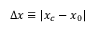
\Delta x \equiv | x _ { c } - x _ { 0 } |